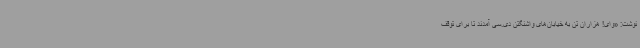
نوشت: «وای! هزاران تن به خیابان‌های واشنگتن دی.سی آمدند تا برای توقف